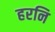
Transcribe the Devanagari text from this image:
हरनि